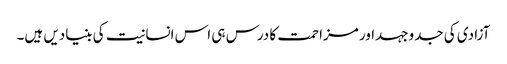
آزادی کی جدوجہداور مزاحمت کا درس ہی اس انسانیت کی بنیادیں ہیں۔